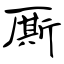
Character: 厮